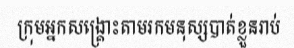
ក្រុមអ្នកសង្គ្រោះតាមរកមនុស្សបាត់ខ្លួនរាប់